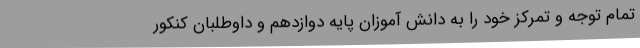
تمام توجه و تمرکز خود را به دانش آموزان پایه دوازدهم و داوطلبان کنکور